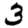
Digit: 3